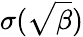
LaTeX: \sigma(\sqrt{\beta})